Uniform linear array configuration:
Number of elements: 24
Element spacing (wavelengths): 0.25
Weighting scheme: hann
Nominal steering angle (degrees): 45
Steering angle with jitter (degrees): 45.815
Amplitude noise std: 0.05
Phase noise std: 0.05

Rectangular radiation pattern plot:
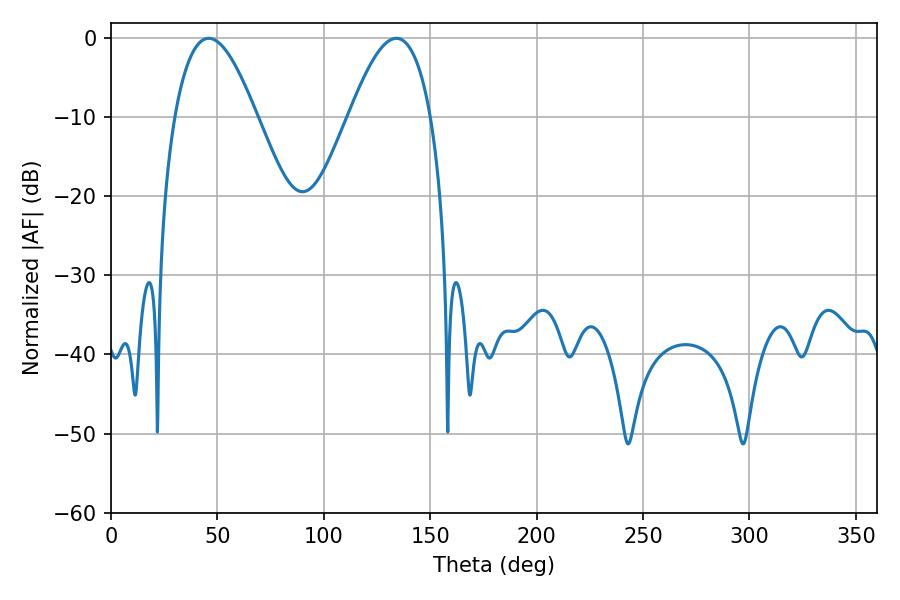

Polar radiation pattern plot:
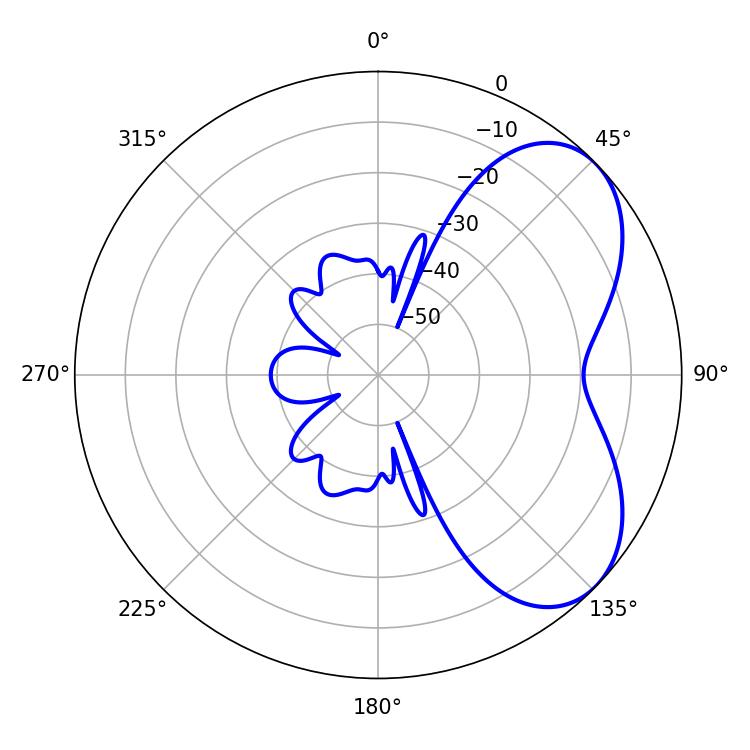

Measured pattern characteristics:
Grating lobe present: FALSE
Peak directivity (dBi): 5.317
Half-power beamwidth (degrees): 20.88
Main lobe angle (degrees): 45.9